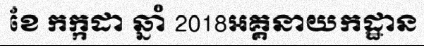
ខែ កក្កដា ឆ្នាំ 2018អគ្គនាយកដ្ឋាន